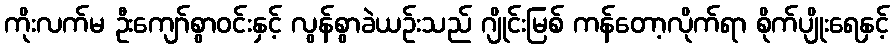
ကိုးလက်မ ဦးကျော်စွာဝင်းနှင့် လွန်စွာခဲယဉ်းသည် ဂျိုင်းမြစ် ကန်တော့လိုက်ရာ စိုက်ပျိုးရေနှင့်